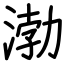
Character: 渤